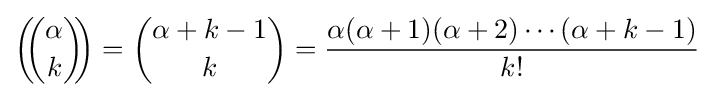
\left(\!\!{\alpha  \choose k}\!\!\right)={\alpha +k-1 \choose k}={\frac {\alpha (\alpha +1)(\alpha +2)\cdots (\alpha +k-1)}{k!}}